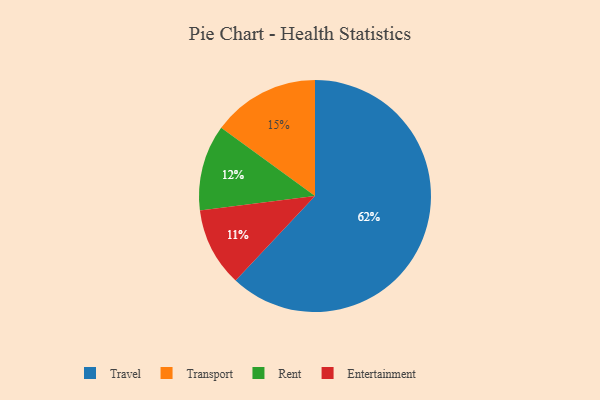
{"axis": {"x": "Category", "y": "Percentage"}, "legend": ["Entertainment", "Rent", "Transport", "Travel"], "data": [{"x": "Travel", "y": 62, "type": "Travel"}, {"x": "Rent", "y": 12, "type": "Rent"}, {"x": "Entertainment", "y": 11, "type": "Entertainment"}, {"x": "Transport", "y": 15, "type": "Transport"}]}